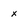
Character: x